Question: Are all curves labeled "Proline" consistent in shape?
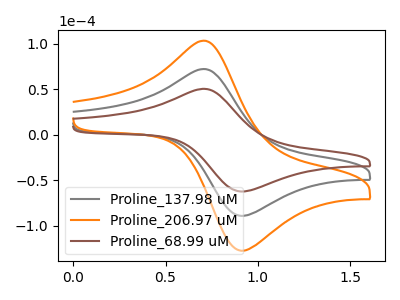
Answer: <think>The gray curve "Proline_137.98 uM" has an anodic peak at (0.70V, 72.30uA) and a cathodic peak at (0.90V, -89.00uA). The orange curve "Proline_206.97 uM" has an anodic peak at (0.70V, 144.60uA) and a cathodic peak at (0.90V, -177.95uA). The brown curve "Proline_68.99 uM" has an anodic peak at (0.70V, 50.55uA) and a cathodic peak at (0.90V, -62.20uA).
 All the peaks in "Proline_137.98 uM" have a peak in "Proline_206.97 uM" at the same potential. Every peak in "Proline_137.98 uM" is lower than every peak in "Proline_206.97 uM". All the peaks in "Proline_137.98 uM" have a peak in "Proline_68.99 uM" at the same potential. Every peak in "Proline_137.98 uM" is higher than every peak in "Proline_68.99 uM". All the peaks in "Proline_206.97 uM" have a peak in "Proline_68.99 uM" at the same potential. Every peak in "Proline_206.97 uM" is higher than every peak in "Proline_68.99 uM".</think>
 <answer>All the CV's of "Proline" have similar shape.</answer>
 <eval>follow_rule</eval>